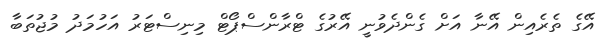
އޭގެ ތެރެއިން އޭނާ އަށް ގެންދެވުނީ އޭރުގެ ޓްރާންސްޕޯޓް މިނިސްޓަރު އަހުމަދު މުޖުތަބާ